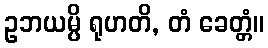
ဥဘယမ္ပိ ရုဟတိ, တံ ခေတ္တံ။